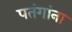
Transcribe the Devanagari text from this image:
पतंगांना